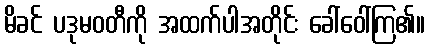
မိခင် ပဒုမဝတီကို အထက်ပါအတိုင်း ခေါ်ဝေါ်ကြ၏။